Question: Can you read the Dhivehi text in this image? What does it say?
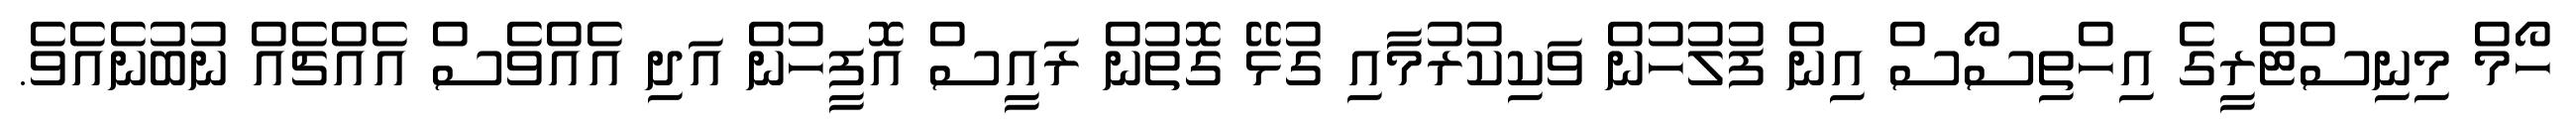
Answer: ހޯމް މިނިސްޓްރީގެ އިހްތިސޯސް އިން ފުލުހުން ވަކިކުރުމާއި ގުޅޭ ގޮތުން ރައީސް އޮފީހުން އަދި އެއްވެސް އެއްޗެއް ނުބުނެއެވެ.